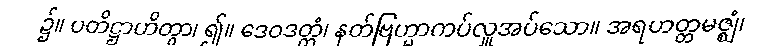
၌။ ပတိဋ္ဌာဟိတွာ၊ ၍။ ဒေဝဒတ္တံ၊ နတ်ဗြဟ္မာကပ်လှူအပ်သော။ အရဟတ္တမဇ္ဈံ၊